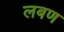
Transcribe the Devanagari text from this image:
लबण